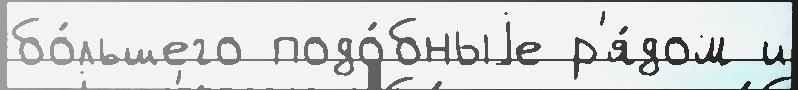
бо́льшего подо́бныjе р'я́дом и